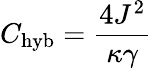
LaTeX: C_{\mathrm{hyb}}=\frac{4J^{2}}{\kappa\gamma}